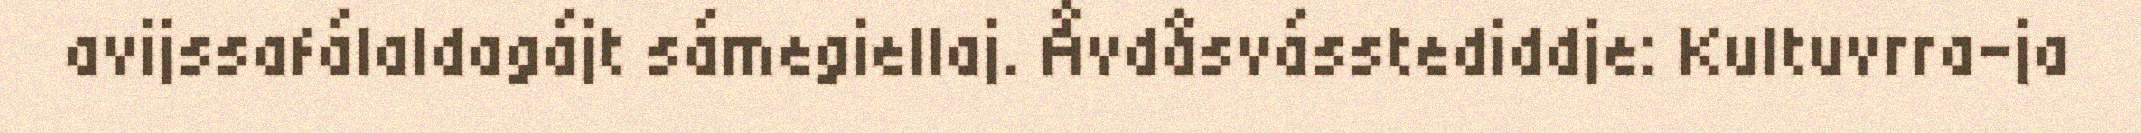
avijssafálaldagájt sámegiellaj. Åvdåsvásstediddje: Kultuvrra-ja